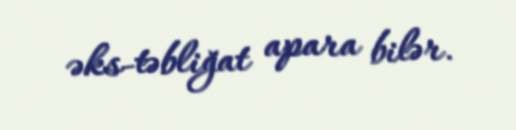
əks-təbliğat apara bilər.